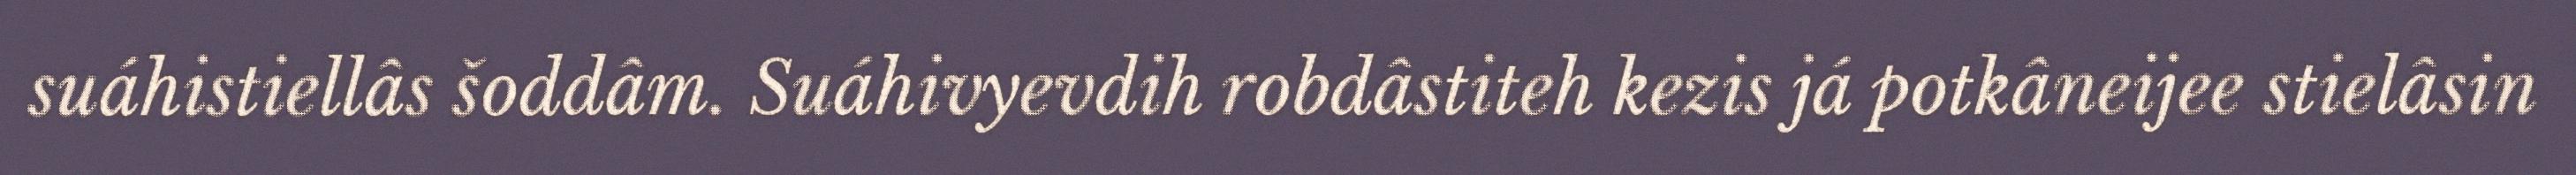
suáhistiellâs šoddâm. Suáhivyevdih robdâstiteh kezis já potkâneijee stielâsin